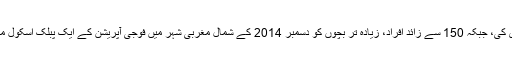
آرمی نے تفصیلات جاری کی، جبکہ 150 سے زائد افراد، زیادہ تر بچوں کو دسمبر 2014 کے شمال مغربی شہر میں فوجی آپریشن کے ایک پبلک اسکول میں قتل عام کر رہے تھے۔